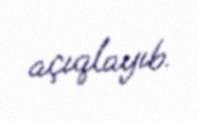
açıqlayıb.